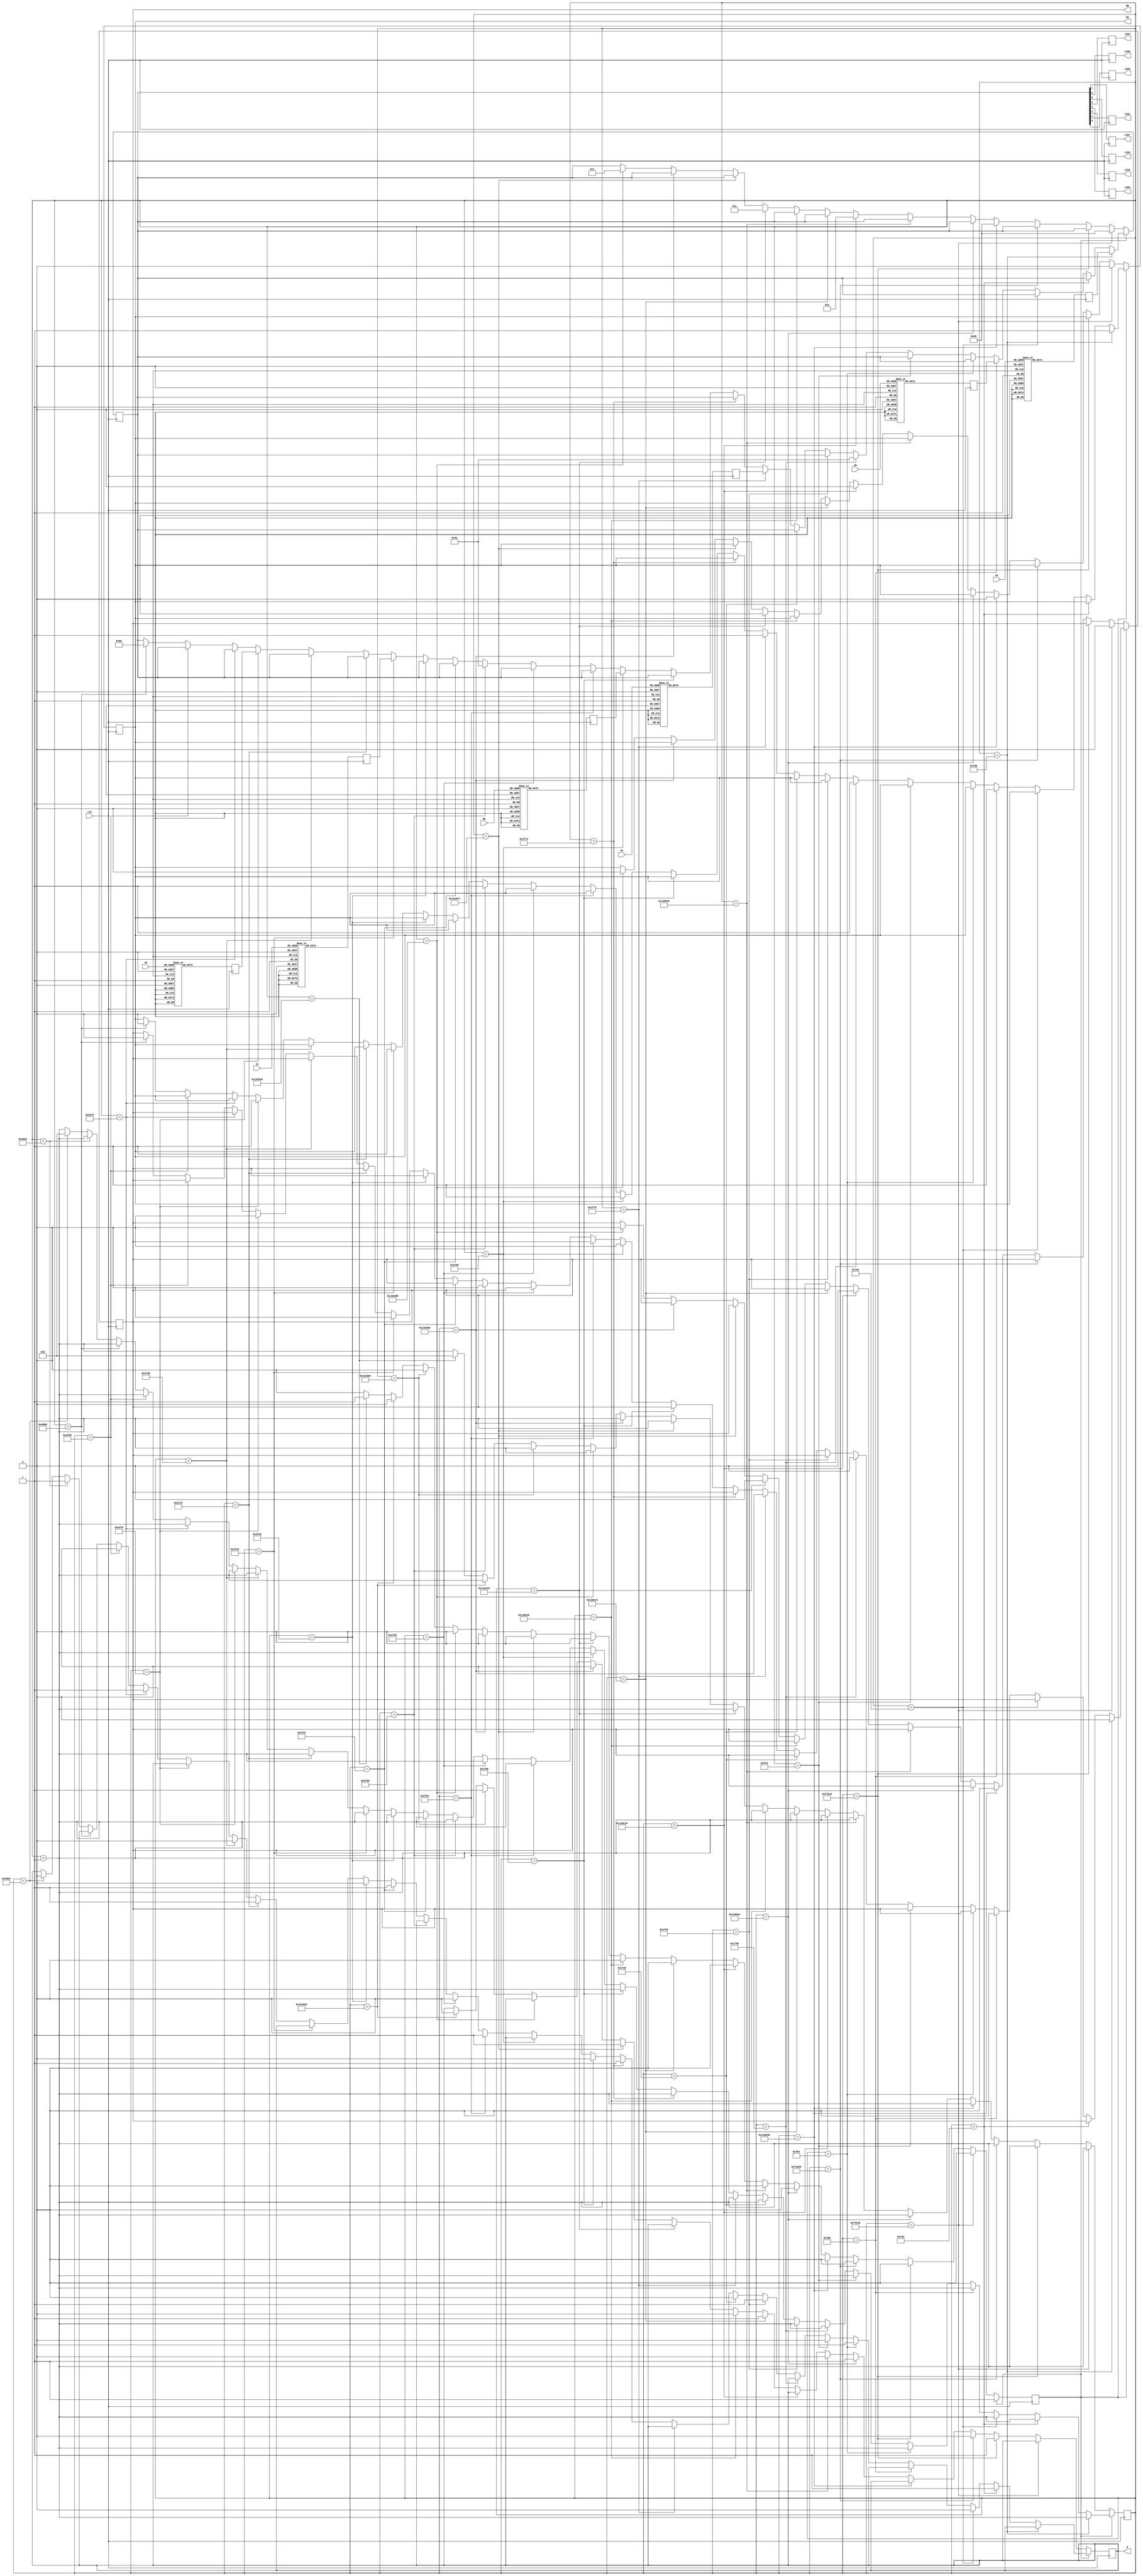
/* Autorzy: Kamil Wieczorek */
/* Przypisanie odpowiednich wartoci liczbowych do kodu LCD */
module LCD(
    input clk,
    input [3:0] H1,
    input [3:0] H0, 
    input [3:0] M1,
    input [3:0] M0,
    input [3:0] S1,
    input [3:0] S0,
    output reg LCD7,
    output reg LCD6,
    output reg LCD5,
    output reg LCD4,
    output reg LCD3,
    output reg LCD2,
    output reg LCD1,
    output reg LCD0,
    output reg E,
    output reg RS,
    output reg RW
    );

    reg [7:0] LCDH1, LCDH0, LCDM1, LCDM0, LCDS1, LCDS0;

    //przypisanie wartoci obecnego czasu do odpowiadajcym im kodom LCD
    always @ (posedge clk) begin
        case (H1)
            'd0: LCDH1 <= 'b00110000;//0
            'd1: LCDH1 <= 'b00110001;//1
            'd2: LCDH1 <= 'b00110010;//2
            'd3: LCDH1 <= 'b00110011;//3
            'd4: LCDH1 <= 'b00110100;//4
            'd5: LCDH1 <= 'b00110101;//5
            'd6: LCDH1 <= 'b00110110;//6
            'd7: LCDH1 <= 'b00110111;//7
            'd8: LCDH1 <= 'b00111000;//8
            'd9: LCDH1 <= 'b00111001;//9
            default: LCDH1 <= 'b00110000;//0
        endcase
        case (H0)
            'd0: LCDH0 <= 'b00110000;//0
            'd1: LCDH0 <= 'b00110001;//1
            'd2: LCDH0 <= 'b00110010;//2
            'd3: LCDH0 <= 'b00110011;//3
            'd4: LCDH0 <= 'b00110100;//4
            'd5: LCDH0 <= 'b00110101;//5
            'd6: LCDH0 <= 'b00110110;//6
            'd7: LCDH0 <= 'b00110111;//7
            'd8: LCDH0 <= 'b00111000;//8
            'd9: LCDH0 <= 'b00111001;//9
            default: LCDH0 <= 'b00110000;//0
        endcase
        case (M1)
            'd0: LCDM1 <= 'b00110000;//0
            'd1: LCDM1 <= 'b00110001;//1
            'd2: LCDM1 <= 'b00110010;//2
            'd3: LCDM1 <= 'b00110011;//3
            'd4: LCDM1 <= 'b00110100;//4
            'd5: LCDM1 <= 'b00110101;//5
            'd6: LCDM1 <= 'b00110110;//6
            'd7: LCDM1 <= 'b00110111;//7
            'd8: LCDM1 <= 'b00111000;//8
            'd9: LCDM1 <= 'b00111001;//9
            default: LCDM1 <= 'b00110000;//0
        endcase
        case (M0)
            'd0: LCDM0 <= 'b00110000;//0
            'd1: LCDM0 <= 'b00110001;//1
            'd2: LCDM0 <= 'b00110010;//2
            'd3: LCDM0 <= 'b00110011;//3
            'd4: LCDM0 <= 'b00110100;//4
            'd5: LCDM0 <= 'b00110101;//5
            'd6: LCDM0 <= 'b00110110;//6
            'd7: LCDM0 <= 'b00110111;//7
            'd8: LCDM0 <= 'b00111000;//8
            'd9: LCDM0 <= 'b00111001;//9
            default: LCDM0 <= 'b00110000;//0
        endcase
        case (S1)
            'd0: LCDS1 <= 'b00110000;//0
            'd1: LCDS1 <= 'b00110001;//1
            'd2: LCDS1 <= 'b00110010;//2
            'd3: LCDS1 <= 'b00110011;//3
            'd4: LCDS1 <= 'b00110100;//4
            'd5: LCDS1 <= 'b00110101;//5
            'd6: LCDS1 <= 'b00110110;//6
            'd7: LCDS1 <= 'b00110111;//7
            'd8: LCDS1 <= 'b00111000;//8
            'd9: LCDS1 <= 'b00111001;//9
            default: LCDS1 <= 'b00110000;//0
        endcase
        case (S0)
            'd0: LCDS0 <= 'b00110000;//0
            'd1: LCDS0 <= 'b00110001;//1
            'd2: LCDS0 <= 'b00110010;//2
            'd3: LCDS0 <= 'b00110011;//3
            'd4: LCDS0 <= 'b00110100;//4
            'd5: LCDS0 <= 'b00110101;//5
            'd6: LCDS0 <= 'b00110110;//6
            'd7: LCDS0 <= 'b00110111;//7
            'd8: LCDS0 <= 'b00111000;//8
            'd9: LCDS0 <= 'b00111001;//9
            default: LCDS0 <= 'b00110000;//0
        endcase
    end
    
    reg [20:0] licznik = 0;//50Mhz czyli 50*10^6 na sekunde - potrzeba 21 bitw do odwieania ekranu 10ms
    reg [7:0] LCD_out;
    reg on = 0;
    //on == 0 inicjalizacja LCD tylko raz na pocztku
    always @ (posedge clk) begin
        licznik <= licznik + 1;
        if(on == 0)begin
            if(licznik == 1000000)begin//#20000000ns
                LCD_out <= 8'b00111000; //function set
                RS <= 0;
                RW <= 0;
            end
            else if(licznik == 1000004)begin
                E <= 1;
            end
            else if(licznik == 1000016)begin//#240ns dla zminy LCD E
                E <= 0;
            end
            else if(licznik == 1300016)begin//#6000000ns
                LCD_out <= 8'b00111000; //function set
                RS <= 0;
                RW <= 0;
            end
            else if(licznik == 1300020)begin
                E <= 1;
            end
            else if(licznik == 1300032)begin//#240ns dla zmiany LCD E
                E <= 0;
            end
            else if(licznik == 1302032)begin//40000ns
                LCD_out <= 8'b00000110; //entry mode
                RS <= 0;
                RW <= 0;
            end
            else if(licznik == 1302036)begin
                E <= 1;
            end
            else if(licznik == 1302048)begin//240ns dla zmiany LCD E
                E <= 0;
            end
            else if(licznik == 1304048)begin//40000ns
                LCD_out <= 8'b00001100; //display on/off
                RS <= 0;
                RW <= 0;
            end
            else if(licznik == 1304052)begin
                E <= 1;
            end
            else if(licznik == 1304064)begin//240ns dla zmiany LCD E
                E <= 0;
            end
            else if(licznik == 1306064)begin//40000ns
                LCD_out <= 8'b00000001; //clear display
                RS <= 0;
                RW <= 0;
            end
            else if(licznik == 1306068)begin
                E <= 1;
            end
            else if(licznik == 1306080)begin//240ns dla zmiany LCD E
                E <= 0;
                on <= 0;
            end
            else if(licznik == 1391080)begin//#1700000ns
                on <= 1;
                licznik <= 0;
            end
        end
        //************wypisywanie znakw na LCD**************
        else begin
            if(licznik == 2000)begin//40000ns
                LCD_out <= LCDH1; //H1
                RS <= 1;
                RW <= 0;
            end
            else if(licznik == 2004)begin
                E <= 1;
            end
            else if(licznik == 2016)begin//240ns dla zmiany LCD E
                E <= 0;
            end
            else if(licznik == 4016)begin//40000ns
                LCD_out <= LCDH0; //H0
                RS <= 1;
                RW <= 0;
            end
            else if(licznik == 4020)begin
                E <= 1;
            end
            else if(licznik == 4032)begin//240ns dla zmiany LCD E
                E <= 0;
            end
            else if(licznik == 6032)begin//40000ns
                LCD_out <= 8'b00111010; //:
                RS <= 1;
                RW <= 0;
            end
            else if(licznik == 6036)begin
                E <= 1;
            end
            else if(licznik == 6048)begin//240ns dla zmiany LCD E
                E <= 0;
            end
            else if(licznik == 8048)begin//40000ns
                LCD_out <= LCDM1; 
                RS <= 1;
                RW <= 0;
            end
            else if(licznik == 8052)begin
                E <= 1;
            end
            else if(licznik == 8064)begin//240ns dla zmiany LCD E
                E <= 0;
            end
            else if(licznik == 10064)begin//40000ns
                LCD_out <= LCDM0; //:
                RS <= 1;
                RW <= 0;
            end
            else if(licznik == 10068)begin
                E <= 1;
            end
            else if(licznik == 10080)begin//240ns dla zmiany LCD E
                E <= 0;
            end
            else if(licznik == 12080)begin//40000ns
                LCD_out <= 8'b00111010; //:
                RS <= 1;
                RW <= 0;
            end
            else if(licznik == 12084)begin
                E <= 1;
            end
            else if(licznik == 12096)begin//240ns dla zmiany LCD E
                E <= 0;
            end
            else if(licznik == 14096)begin//40000ns
                LCD_out <= LCDS1; //:
                RS <= 1;
                RW <= 0;
            end
            else if(licznik == 14100)begin
                E <= 1;
            end
            else if(licznik == 14112)begin//240ns dla zmiany LCD E
                E <= 0;
            end
            else if(licznik == 16112)begin//40000ns
                LCD_out <= LCDS0; 
                RS <= 1;
                RW <= 0;
            end
            else if(licznik == 16116)begin
                E <= 1;
            end
            else if(licznik == 16128)begin//240ns dla zmiany LCD E
                E <= 0;
            end
            else if(licznik == 18128)begin
                LCD_out <= 8'b10000000; //set ddram powrt na pocztek - nadpisywanie wartoci
                RS <= 0;
                RW <= 0;
            end
            else if(licznik == 18132)begin
                E <= 1;
            end
            else if(licznik == 18144)begin//240ns dla zmiany LCD E
                E <= 0;
                licznik <= 0;
            end
        end

        {LCD7,LCD6,LCD5,LCD4,LCD3,LCD2,LCD1,LCD0} <= LCD_out; //przypisanie wyj

    end
    
endmodule